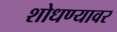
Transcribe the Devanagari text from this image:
शोधण्यावर